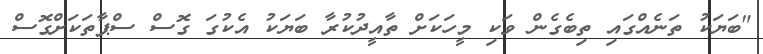
"ބަޔަކު ތަނެއްގައި ތިބެގެން ވަކި މީހަކަށް ތާއީދުކުރާ ބަޔަކު އެކުގަ ގޮސް ސްޕާތަކަށްގޮސް